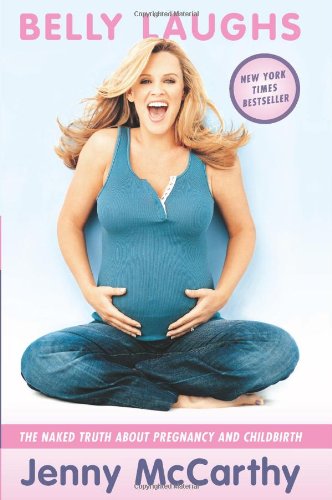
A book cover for Belly Laughs: The Naked Truth about Pregnancy and Childbirth; Jenny McCarthy; Humor & Entertainment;